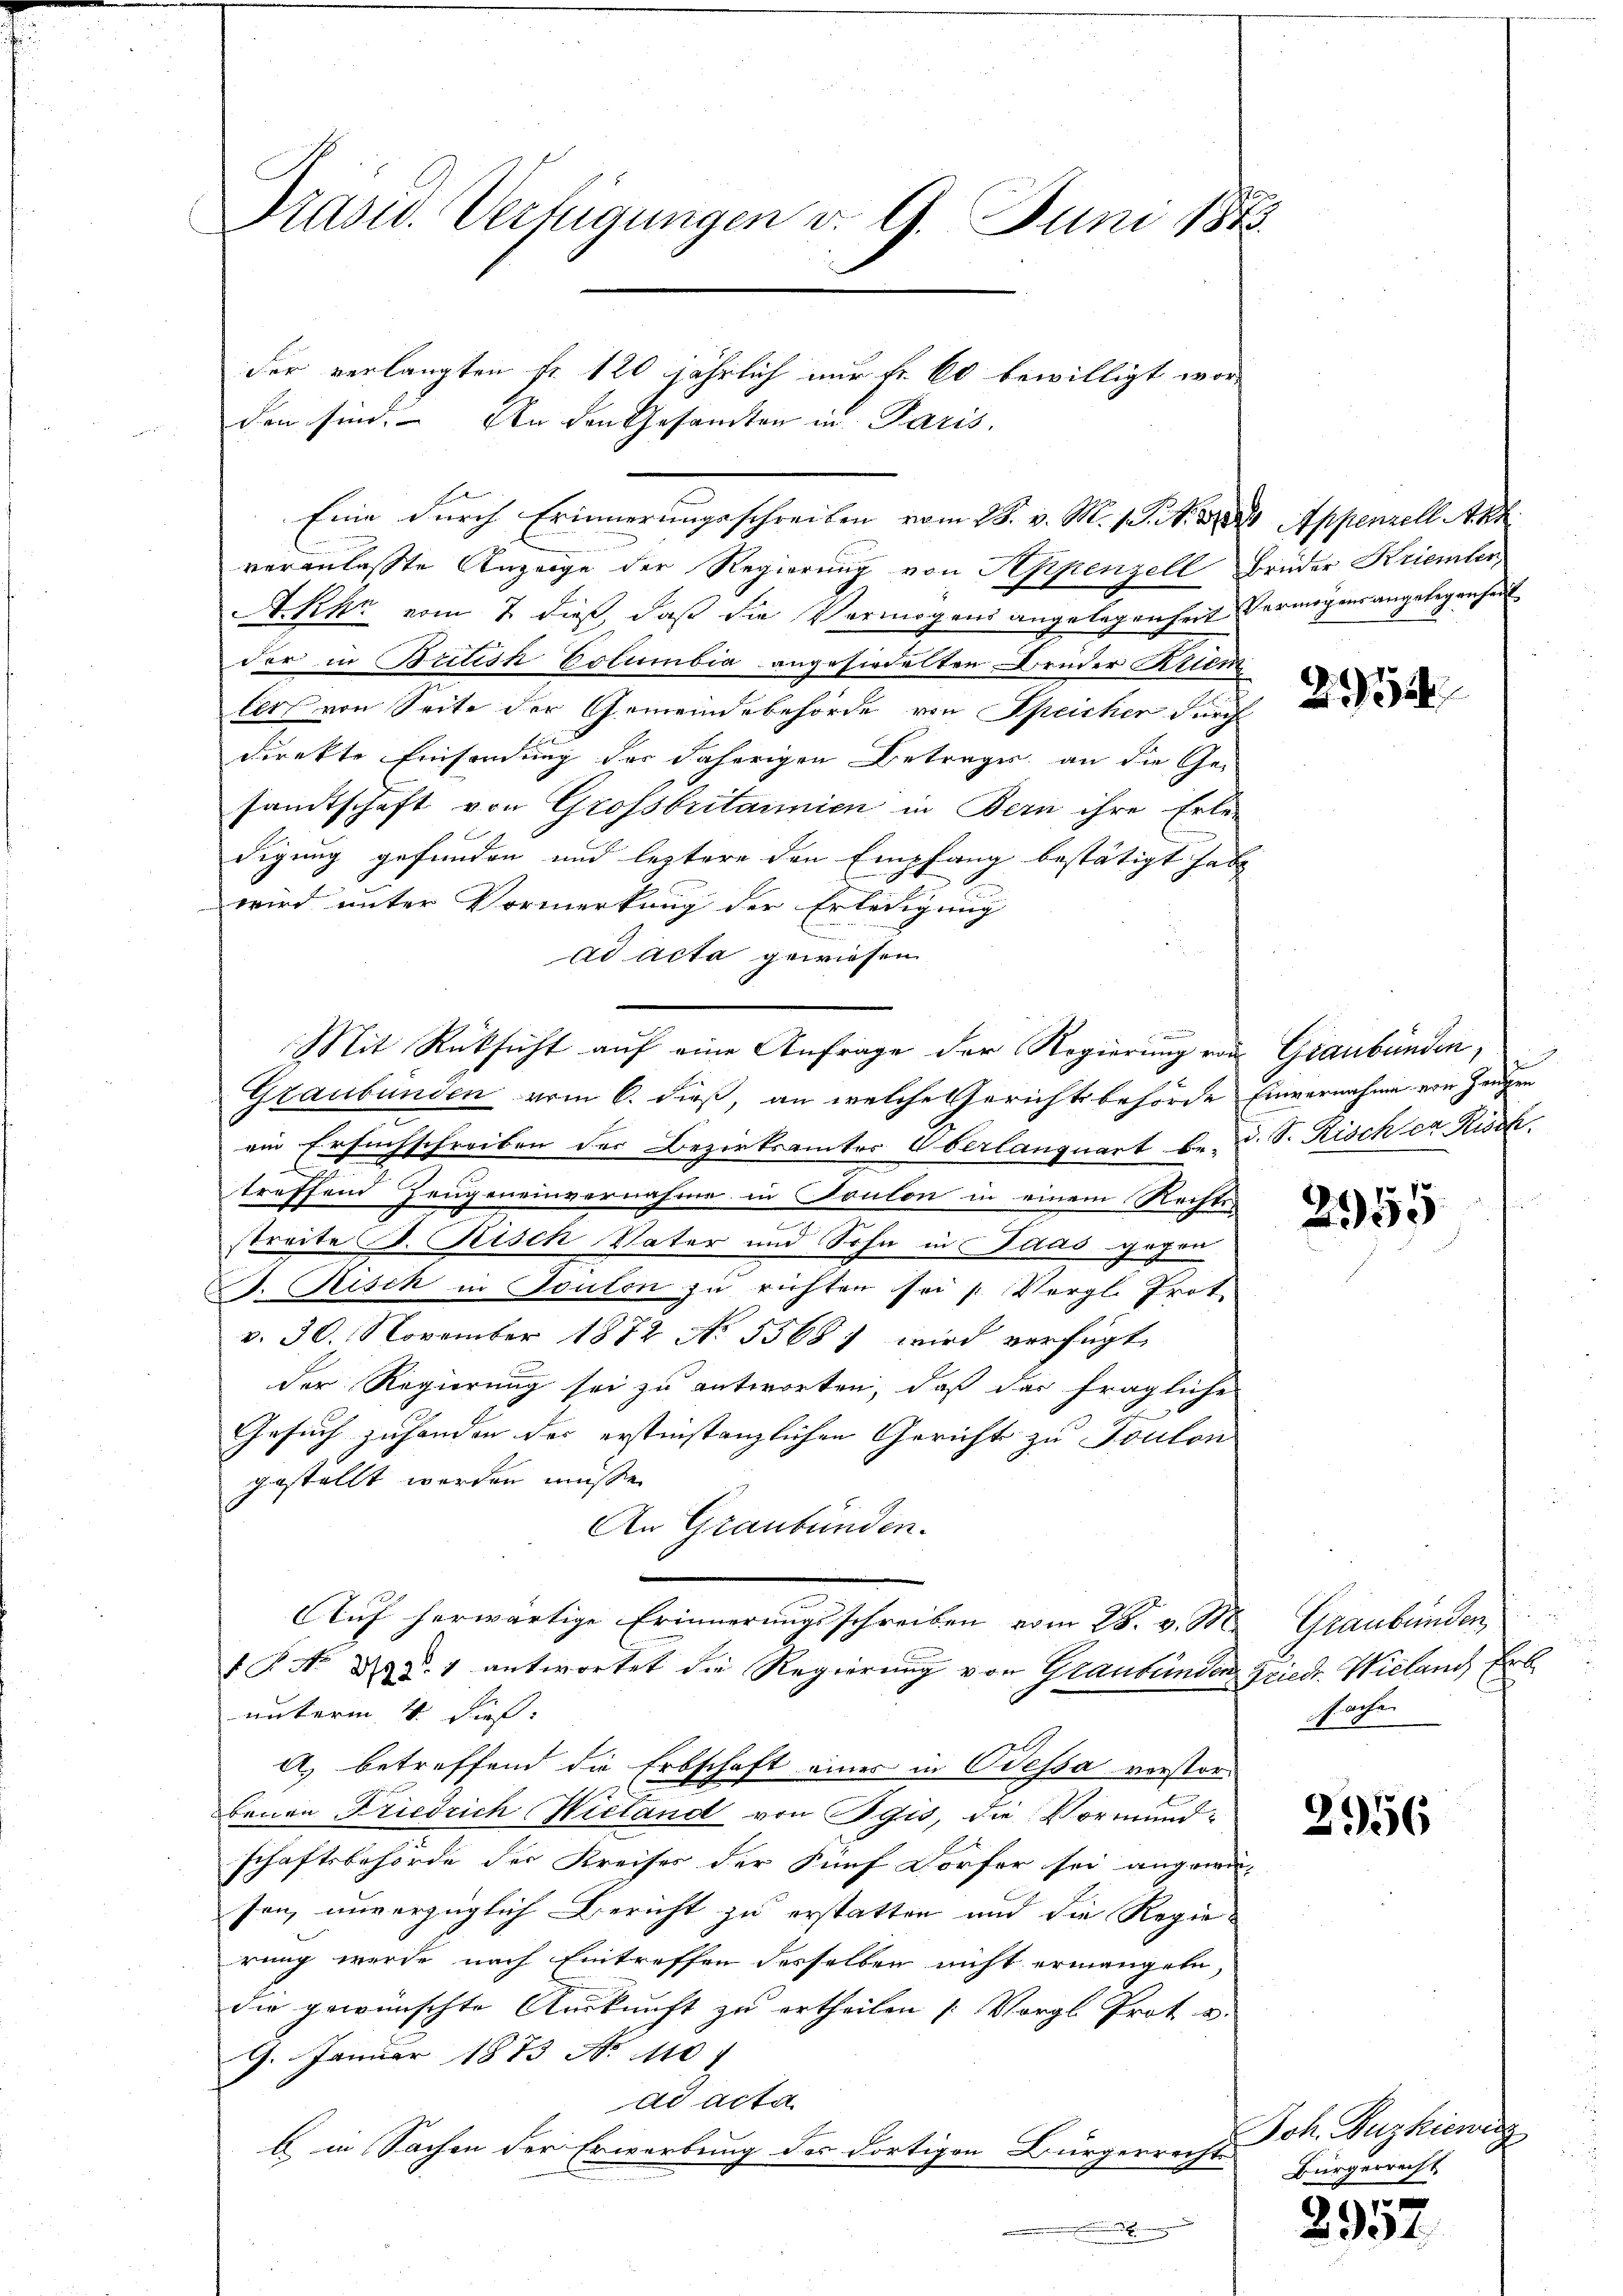
Präsid. Verfügungen v. 9. Juni 1873.

den sind. An den Gesamten in Paris,
veranlasste Anzeige der Regierung von Appenzell Brüder Kriemten
A. Khn vom 7. dieß, daß die Vermögens angelegenheit Vermögensangelegenheit
der in British Columbia angesiedelten Bruder Kriem
ler von Seite der Gemeindebehörde von Speicher durch
direkte Einsendung des Fährigen Betrages an die Ge-
samtschaft von Grossbritannien in Bern ihre Erle-
digung gefunden und leztere den Empfang bestätigt habe
wird unter Vormerkung der Erledigung
ad acta gewiesen
e
Mit Rücksicht auf eine Anfrage der Regierung von Graubünden,
Graubünden vom 6. dieß, an welche Gerichtsbehörde Einvernahme von Zeugen
ein Ersuchschreiben der Bezirksamter Oberlanquart be- d. S. Rischen Risch.
treffend Zeugeneinvernahme in Soulon in einem Rechts-
streite B. Risch Vater und Sohn in Idas gegen
. Risch in Touten zu richten sei /: Vergl. Prot.
v. 30. November 1872 No 5568) wird verfügt,
der Regierung sei zu antworten, daß das fragliche
Gesuch zuhanden der erstinstanzlichen Gericht zu Toulon
gestellt werden müsse.
An Graubünden.
Auf herwärtige Erinnerungsschreiben vom 28. v. M
1 P. No. 39 §. 1 antwortet die Regierung von Graubünden Friedr. Wieland Erb
unterm 4. Dies
A) betreffend die Erbschaft eines in Odessa verstor-
t
benen Friedrich Nicland von Pgis, die Vormundschaftsbehörde der Kreises der Fünf Dörfer sei angewä-
son, unverzüglich Bericht zu erstatten und die Regierung wurde nach Eintreffen desselben nicht ermangeln,
die gewünschte Auskunft zu ertheilen (Vergl. Prot u.
9. Januar 1873 No 110 f
ad acta
b. in Sachen der Erwerbung des dortigen Bürgerrechts¬
.

der verlangten fr. 120 jährlich nur fr. 60 bewilligt wor¬

Eine durch Erinnerungsschreiben vom 28. v. M. 1. No. 321. Appenzell Akt

21524

i

2955

Graubünden
fachen

2956

Joh. Buzkiewig
Bürgerrecht

2952.